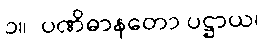
၁။  ပဏိဓာနတော ပဋ္ဌာယ၊